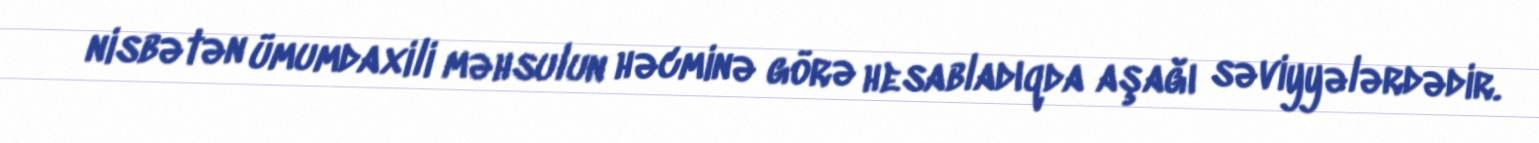
nisbətən ümumdaxili məhsulun həcminə görə hesabladıqda aşağı səviyyələrdədir.